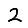
Digit: 2